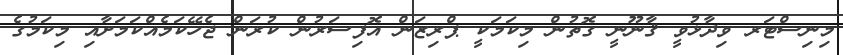
މިނިސްޓަރ ވިދާޅުވީ ޤާނޫނީ ގޮތުން މިކަމަކީ ޕްރިޒަން އޮފިސަރުން ކުރަން ޖެހޭކަމެއްކަމަށާއި މިކަމުގެ